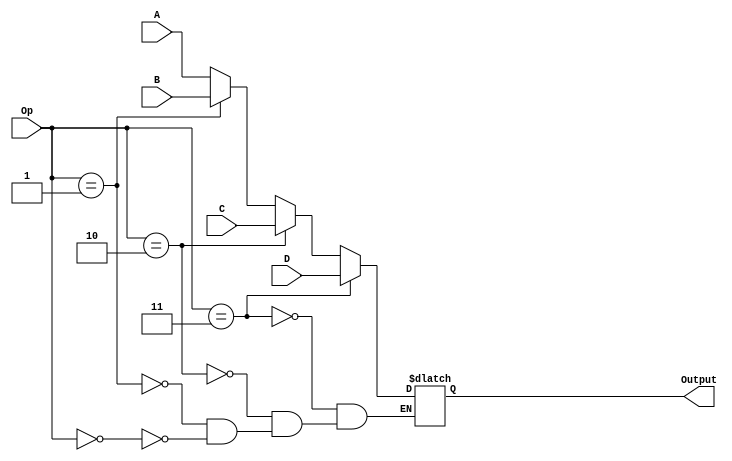
module mux_16b_4input(
    input [15:0] A,
    input [15:0] B,
    input [15:0] C,
    input [15:0] D,
    input [1:0] Op,
    output [15:0] Output
    );
 reg [15:0] out;
	 assign Output = out;
always @ (*) begin
	if (Op == 0)
	out = A;
	
	if (Op == 1)
	out = B;
	
	if (Op == 2)
	out = C;
	
	if (Op == 3)
	out = D;
	end

endmodule